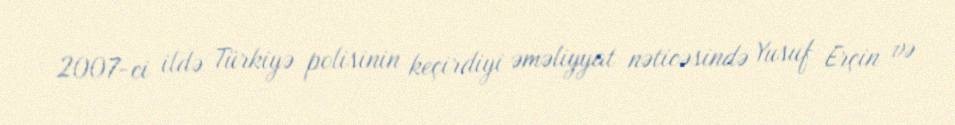
2007-ci ildə Türkiyə polisinin keçirdiyi əməliyyat nəticəsində Yusuf Erçin və